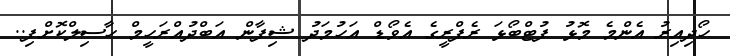
ހޯދިއިރު އެންމެ މޮޅު ފުޓްބޯޅަ ރެފްރީގެ އެވޯޑް އަހުމަދު ޝިފާން އަބްދުއްރަހީމް ހާސިލްކޮށްފި..